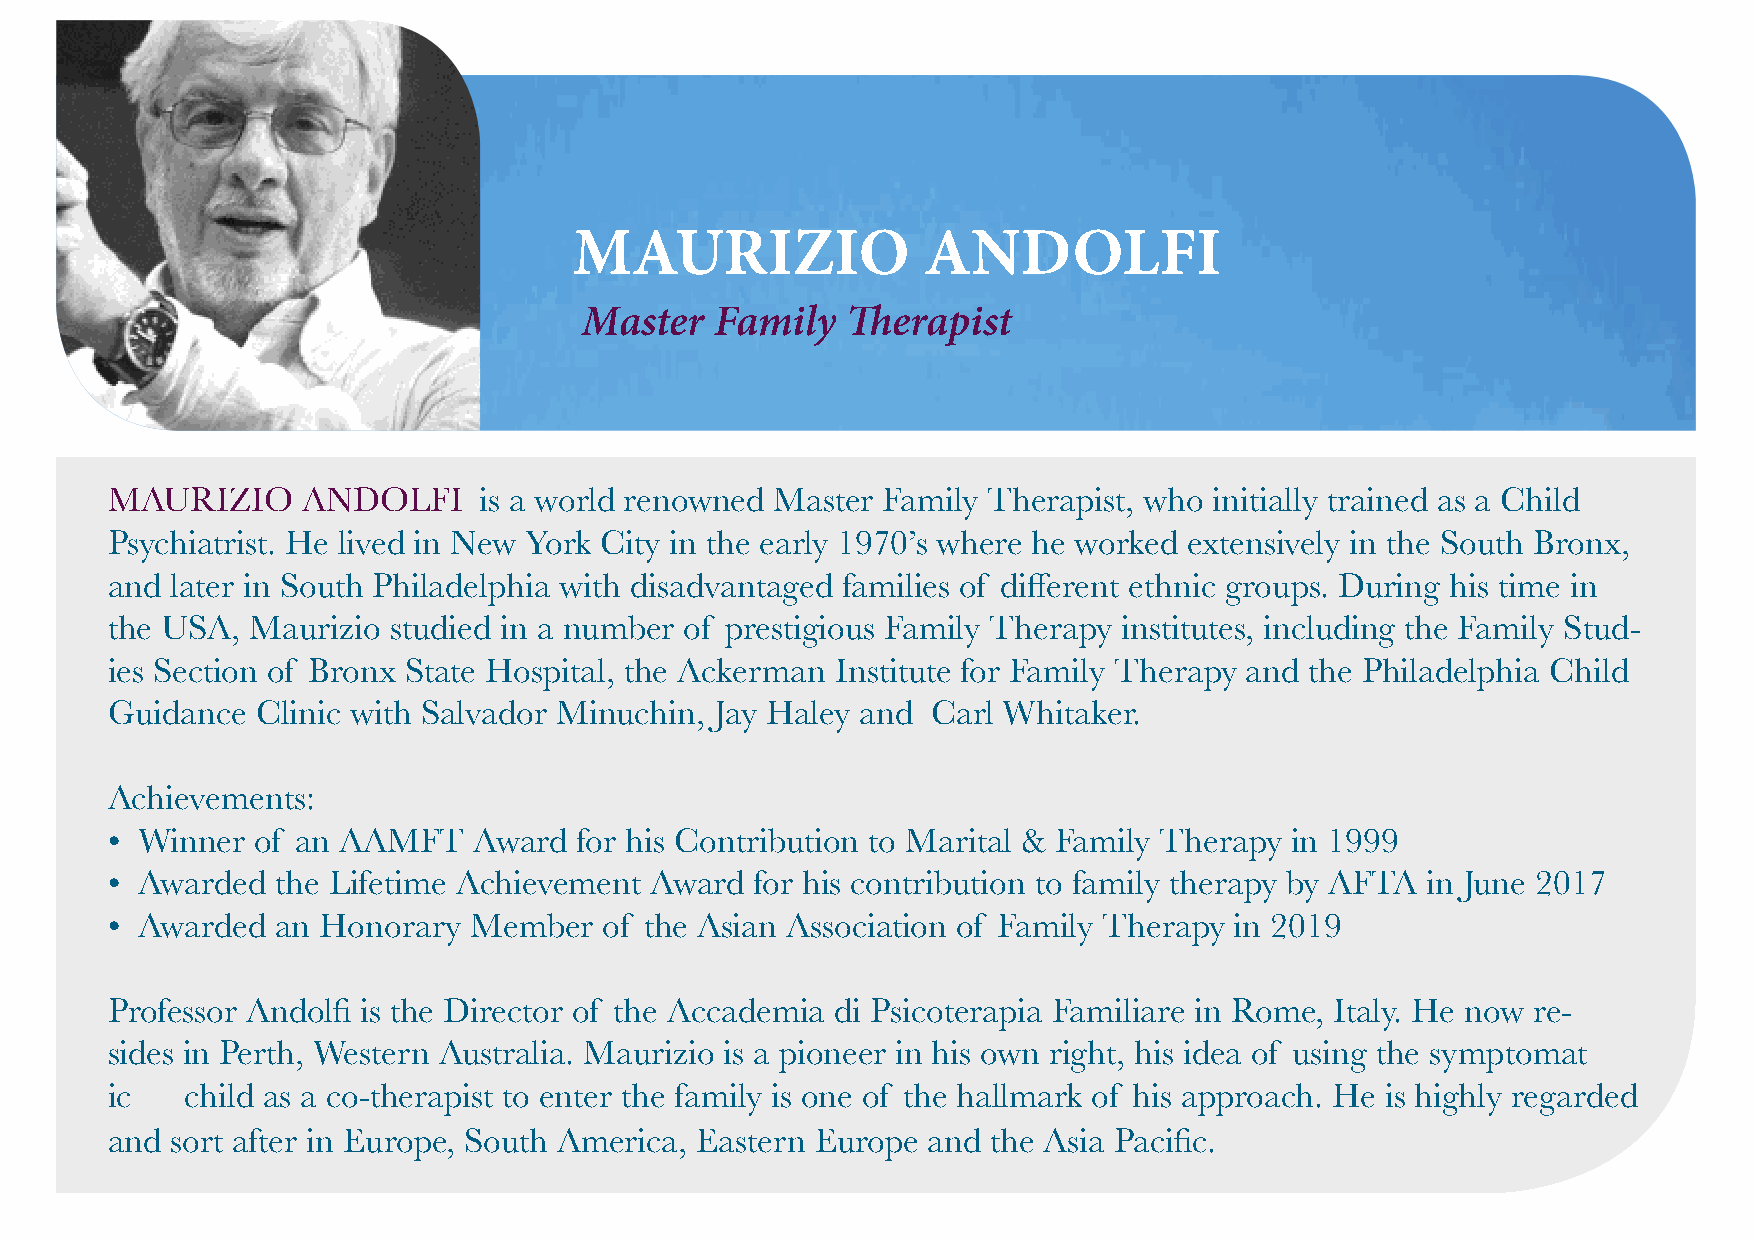
MAURIZIO               ANDOLFI
 Master   Family   Therapist
 MAURIZIO     ANDOLFI     is a world renowned Master Family Therapist, who initially trained as a Child
 Psychiatrist. He lived in New York City in the early 1970’s where he worked extensively in the South Bronx,
 and later in South Philadelphia with disadvantaged families of different ethnic groups. During his time in
 the USA,  Maurizio studied in a number of prestigious Family Therapy institutes, including the Family Stud-
 ies Section of Bronx State Hospital, the Ackerman Institute for Family Therapy and the Philadelphia Child
 Guidance  Clinic with Salvador Minuchin, Jay Haley and Carl Whitaker.
 Achievements:
 • Winner  of an AAMFT   Award  for his Contribution to Marital & Family Therapy in 1999
 • Awarded  the Lifetime Achievement Award  for his contribution to family therapy by AFTA in June 2017
 • Awarded  an Honorary  Member   of the Asian Association of Family Therapy in 2019
 Professor Andolfi is the Director of the Accademia di Psicoterapia Familiare in Rome, Italy. He now re-
 sides in Perth, Western Australia. Maurizio is a pioneer in his own right, his idea of using the symptomat
 ic   child as a co-therapist to enter the family is one of the hallmark of his approach. He is highly regarded
 and sort after in Europe, South America, Eastern Europe and the Asia Pacific.